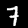
Digit: 7